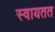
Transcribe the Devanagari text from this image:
स्वायतत